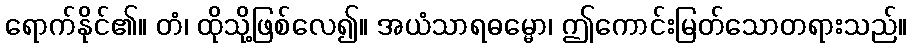
ရောက်နိုင်၏။ တံ၊ ထိုသို့ဖြစ်လေ၍။ အယံသာရဓမ္မော၊ ဤကောင်းမြတ်သောတရားသည်။